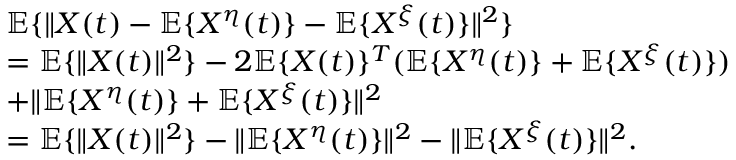
\begin{array} { r l } & { \mathbb { E } \{ \| X ( t ) - \mathbb { E } \{ X ^ { \eta } ( t ) \} - \mathbb { E } \{ X ^ { \xi } ( t ) \} \| ^ { 2 } \} } \\ & { = \mathbb { E } \{ \| X ( t ) \| ^ { 2 } \} - 2 \mathbb { E } \{ X ( t ) \} ^ { T } ( \mathbb { E } \{ X ^ { \eta } ( t ) \} + \mathbb { E } \{ X ^ { \xi } ( t ) \} ) } \\ & { + \| \mathbb { E } \{ X ^ { \eta } ( t ) \} + \mathbb { E } \{ X ^ { \xi } ( t ) \} \| ^ { 2 } } \\ & { = \mathbb { E } \{ \| X ( t ) \| ^ { 2 } \} - \| \mathbb { E } \{ X ^ { \eta } ( t ) \} \| ^ { 2 } - \| \mathbb { E } \{ X ^ { \xi } ( t ) \} \| ^ { 2 } . } \end{array}